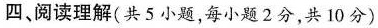
四、阅读理解(共5小题,每小题2分,共 10分)